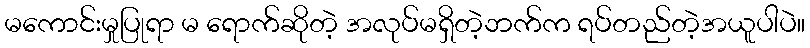
မကောင်းမှုပြုရာ မ ရောက်ဆိုတဲ့ အလုပ်မရှိတဲ့ဘက်က ရပ်တည်တဲ့အယူပါပဲ။